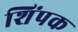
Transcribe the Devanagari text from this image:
शिंपक